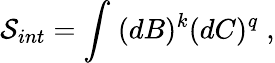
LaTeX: \mathcal{S}_{int}=\int\; (dB)^{k}(dC)^{q}\; ,